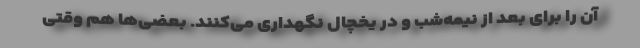
آن را برای بعد از نیمه‌شب و در یخچال نگهداری می‌کنند. بعضی‌ها هم وقتی